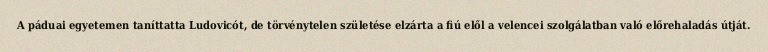
A páduai egyetemen taníttatta Ludovicót, de törvénytelen születése elzárta a fiú elől a velencei szolgálatban való előrehaladás útját.